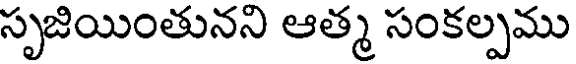
సృజియింతునని ఆత్మ సంకల్పము